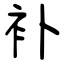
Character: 补